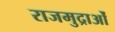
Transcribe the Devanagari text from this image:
राजमुद्राओं